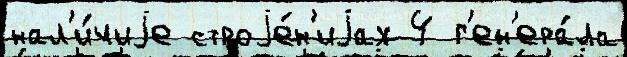
нал'и́чиjе строjе́н'иjах 4 г'ен'ера́ла